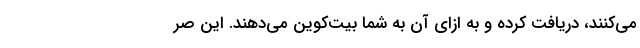
می‌کنند، دریافت کرده و به ازای آن به شما بیت‌کوین می‌دهند. این صر